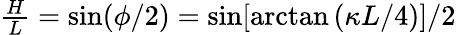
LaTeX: \begin{array}{r}{\frac{H}{L}=\sin(\phi/2)=\sin[\arctan{(\kappa L/4)}]/2}\end{array}